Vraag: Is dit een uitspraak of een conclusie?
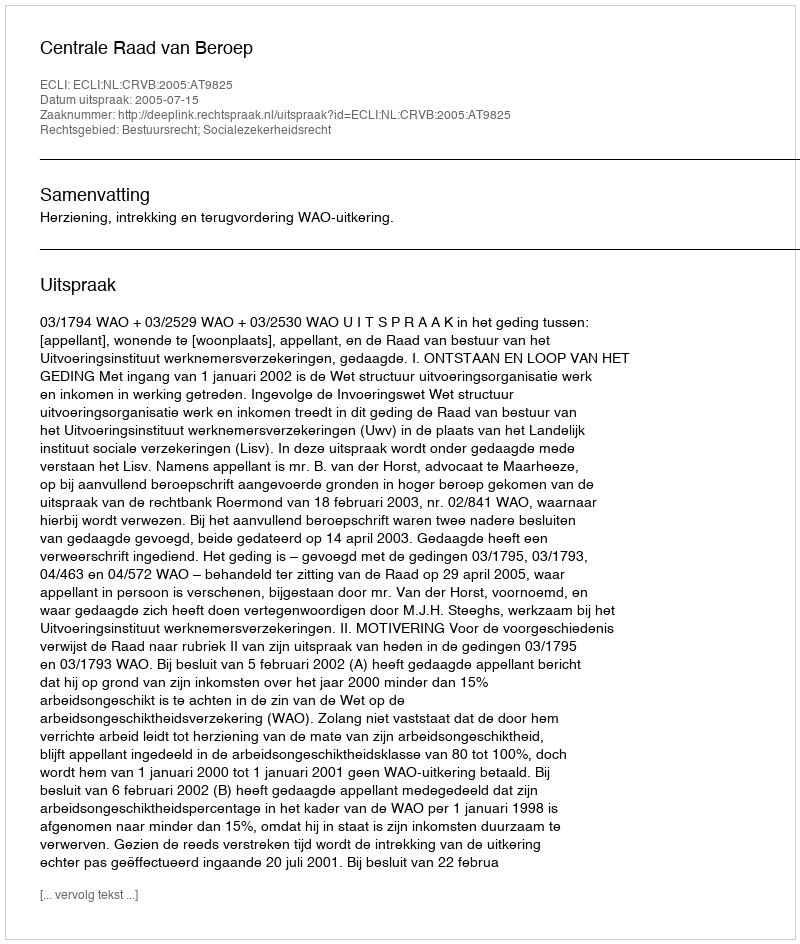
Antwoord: Uitspraak